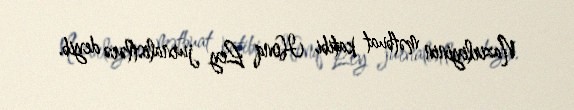
Nazirliyinin mətbuat katibi Honq Ley jurnalistlərə deyib.